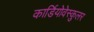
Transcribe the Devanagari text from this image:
कार्डियोवेस्कुलर